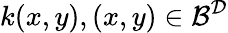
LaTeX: k(x,y),(x,y)\in\mathcal{B}^{\mathcal{D}}